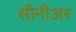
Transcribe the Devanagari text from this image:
सीनीअर